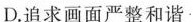
D.追求画面严整和谐